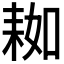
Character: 𦓲